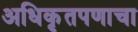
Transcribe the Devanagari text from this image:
अधिकृतपणाचा